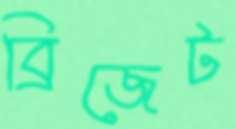
ব্রিজেট